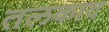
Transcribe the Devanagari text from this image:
तलकाद